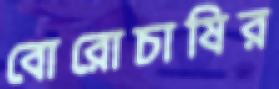
বোরোচাষির